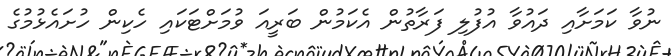
ނުވާ ކަމަށާއި ދައުވާ އުފުލި ފަރާތުން އެކަމުން ބަރީއަ ވުމަށްޓަކައި ހެކިން ހުށައެޅުމުގެ